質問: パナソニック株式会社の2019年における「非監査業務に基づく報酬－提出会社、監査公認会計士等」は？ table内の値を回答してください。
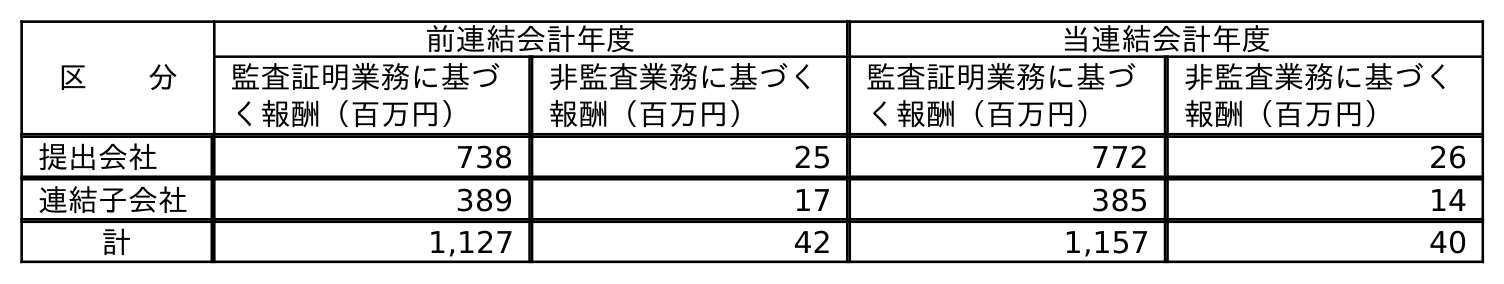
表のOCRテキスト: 区  分 前連結会計年度 当連結会計年度 監査証明業務に基づ く報酬（百万円） 非監査業務に基づく 報酬（百万円） 監査証明業務に基づ く報酬（百万円） 非監査業務に基づく 報酬（百万円） 提出会社 738 25 772 26 連結子会社 389 17 385 14 計 1,127 42 1,157 40
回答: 25